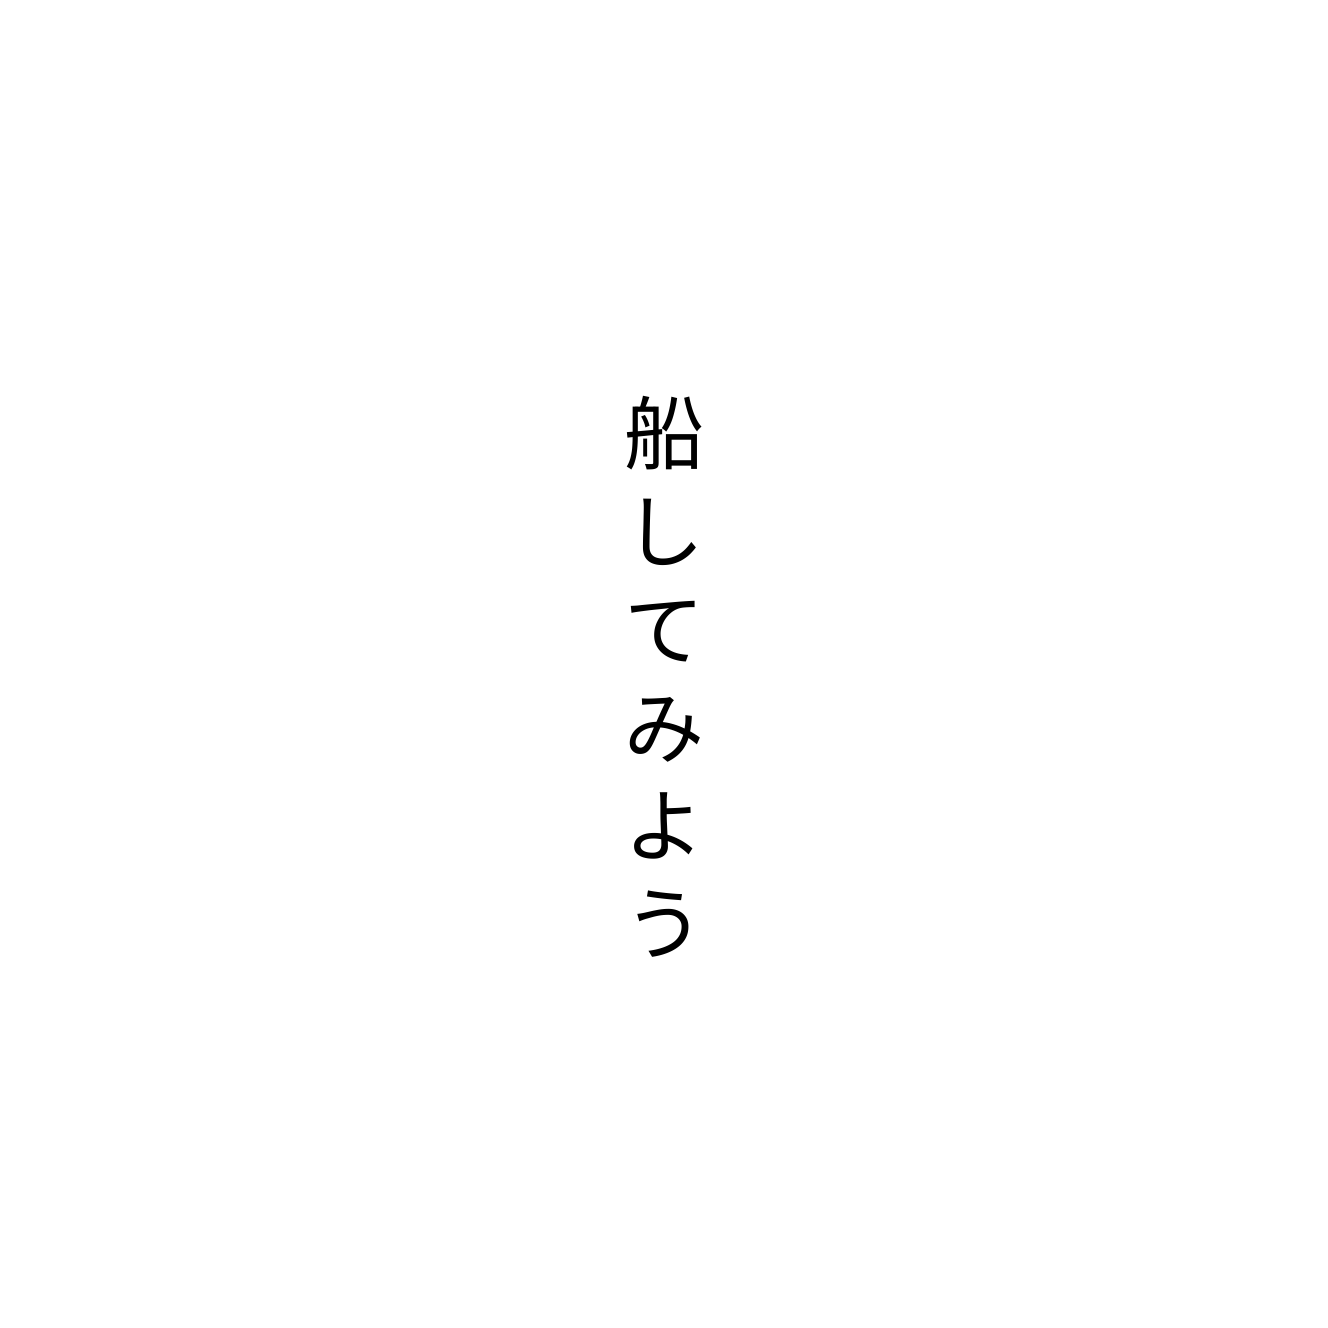
船してみよう